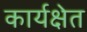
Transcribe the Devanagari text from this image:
कार्यक्षेत